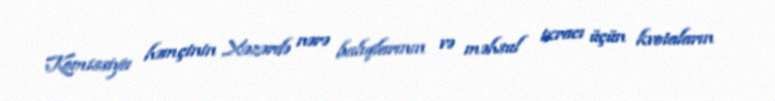
Komissiya həmçinin Xəzərdə nərə balıqlarının və məhsul ixracı üçün kvotaların